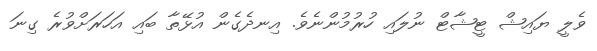
ވެލީ ޔައިޝް ޓީޝާޓް ނުލައި ހުރުމުންނެވެ. އިނދެގެން އުޅޭތާ ބައި އަހަރަށްވުރެ ގިނަ